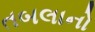
તબલાનો